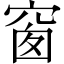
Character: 窗